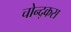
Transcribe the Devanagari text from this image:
चोन्द्कस